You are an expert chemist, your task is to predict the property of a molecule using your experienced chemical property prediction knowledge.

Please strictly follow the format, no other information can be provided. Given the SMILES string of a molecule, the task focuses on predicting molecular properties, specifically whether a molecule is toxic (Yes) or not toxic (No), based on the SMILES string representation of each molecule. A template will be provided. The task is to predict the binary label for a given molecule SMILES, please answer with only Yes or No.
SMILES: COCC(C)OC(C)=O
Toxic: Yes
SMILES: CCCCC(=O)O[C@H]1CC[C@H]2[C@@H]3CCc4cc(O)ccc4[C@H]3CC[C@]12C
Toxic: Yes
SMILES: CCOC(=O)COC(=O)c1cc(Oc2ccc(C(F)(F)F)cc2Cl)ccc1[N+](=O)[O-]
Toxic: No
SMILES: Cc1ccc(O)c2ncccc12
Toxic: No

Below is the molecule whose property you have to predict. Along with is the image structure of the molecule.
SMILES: C1CN2CCN1CC2
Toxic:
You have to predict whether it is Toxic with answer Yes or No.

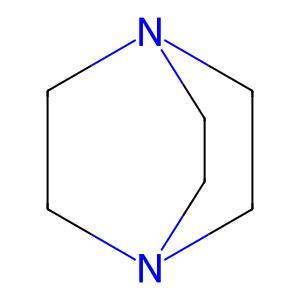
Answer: No